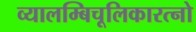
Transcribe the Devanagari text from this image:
व्यालम्बिचूलिकारत्नो